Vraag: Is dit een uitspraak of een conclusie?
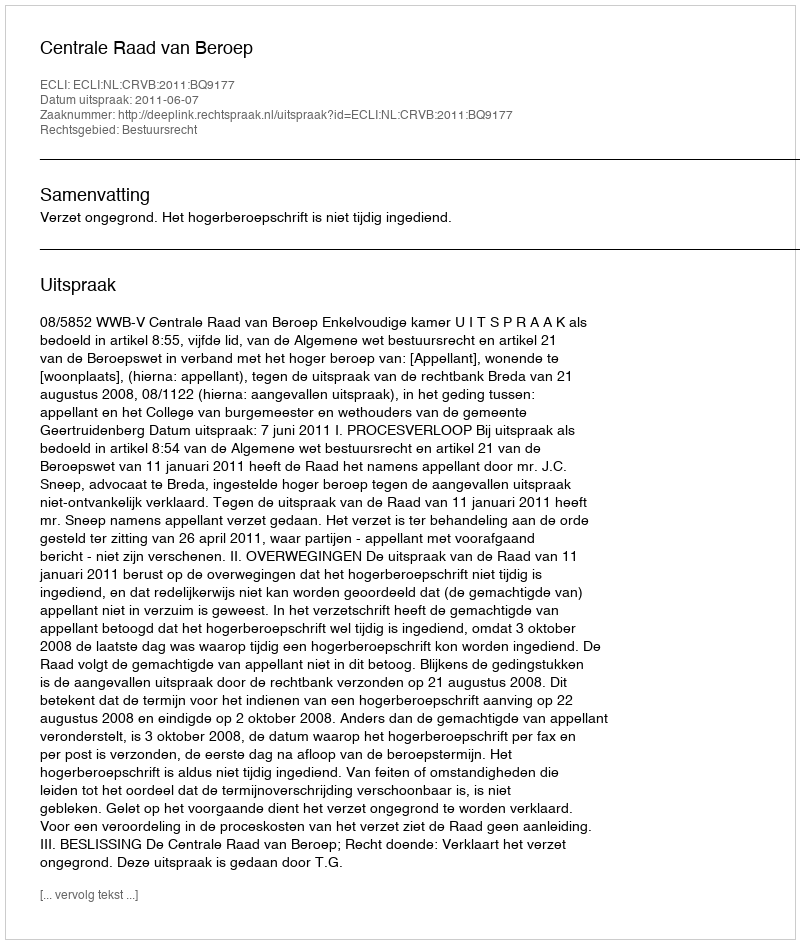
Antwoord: Uitspraak